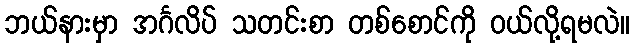
ဘယ်နားမှာ အင်္ဂလိပ် သတင်းစာ တစ်စောင်ကို ဝယ်လို့ရမလဲ။